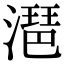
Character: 潖